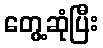
တွေ့ဆုံပြီး